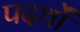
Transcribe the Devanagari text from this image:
पदर्थों